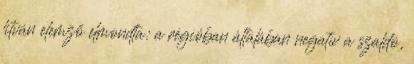
litván elemző elmondta: a régióban általában negatív a szaldó,